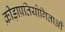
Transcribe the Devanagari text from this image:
क्रीड़ाप्रतियोगिताओं